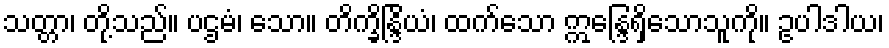
သတ္တာ၊ တို့သည်။ ပဌမံ၊ သော။ တိက္ခိန္ဒြိယံ၊ ထက်သော ဣန္ဒြေရှိသောသူကို။ ဥပါဒါယ၊